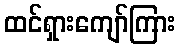
ထင်ရှားကျော်ကြား